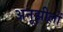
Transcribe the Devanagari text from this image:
अनूझीलों